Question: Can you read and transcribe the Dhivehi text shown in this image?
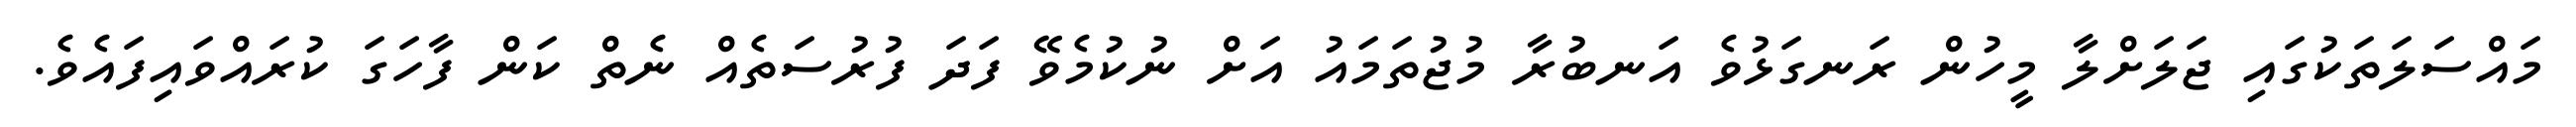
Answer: މައްސަލަތަކުގައި ޖަލަށްލާ މީހުން ރަނގަޅުވެ އަނބުރާ މުޖުތަމައު އަށް ނުކުމެވޭ ފަދަ ފުރުސަތެއް ނެތް ކަން ފާހަގަ ކުރައްވައިފައެވެ.